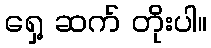
ရှေ့ ဆက် တိုးပါ။